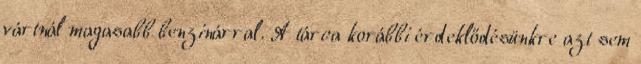
vártnál magasabb benzinárral. A tárca korábbi érdeklődésünkre azt sem